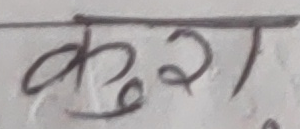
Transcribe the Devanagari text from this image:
कुरा